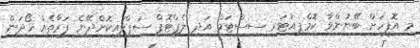
މި އޮފީހަށް ބޭނުންވާ ކޮމްޕިއުޓަރ ސިސްޓަމް އަދި ލެޕްޓޮޕް ސަޕްލައިކޮށްދޭނެ ފަރާތެއް ހޯދަން